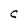
Character: C